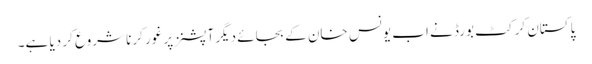
پاکستان کرکٹ بورڈ نے اب یونس خان کے بجائے دیگر آپشنز پر غور کرنا شروع کر دیا ہے۔